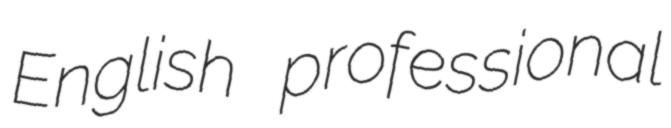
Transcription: English professional